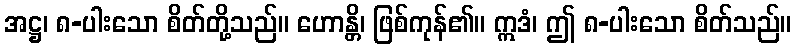
အဋ္ဌ၊ ၈-ပါးသော စိတ်တို့သည်။ ဟောန္တိ၊ ဖြစ်ကုန်၏။ ဣဒံ၊ ဤ ၈-ပါးသော စိတ်သည်။